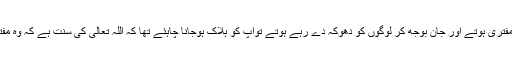
اگر آپؑ اس دعویٰ میں مفتری ہوتے اور جان بوجھ کر لوگوں کو دھوکہ دے رہے ہوتے توآپ کو ہلاک ہوجانا چاہئے تھا کہ اللہ تعالیٰ کی سُنت ہے کہ وہ مفتری کو ہلاک کرتا ہے۔